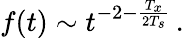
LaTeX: f(t)\sim t^{-2-\frac{T_{x}}{2T_{s}}}\, .